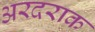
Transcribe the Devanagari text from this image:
अरदराक